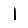
Digit: 1